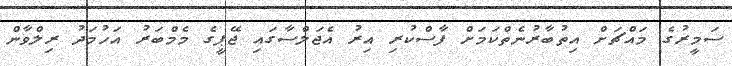
ސަމީރުގެ މައްޗަށް އިތުބާރުނެތްކަމަށް ފާސްކުރި އިރު އެޖަލްސާގައި ޖޭޕީގެ މެމްބަރު އަހުމަދު ރިލްވާން